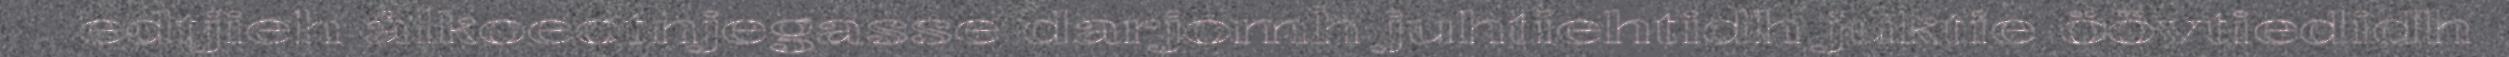
edtjieh ålkoeotnjegasse darjomh juhtiehtidh juktie öövtiedidh